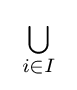
\;{\textstyle \bigcup \limits _{i\in I}}\;